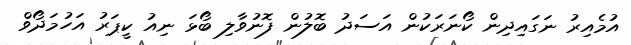
އުމެއިރު ނަގައިދިން ކޯނަރަކުން އަސަދު ބޮލުން ފޮނުވާލި ބޯޅަ ނިއު ކީޕަރު އަހުމަދޯވް